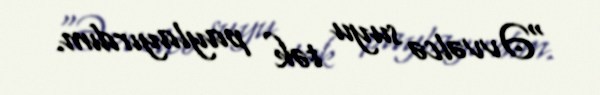
"Əvvəlcə suyu tək paylayırdım.